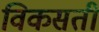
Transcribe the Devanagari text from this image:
विकसती